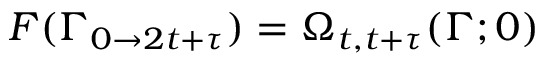
F ( \Gamma _ { 0 \rightarrow 2 t + \tau } ) = \Omega _ { t , t + \tau } ( \Gamma ; 0 )